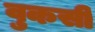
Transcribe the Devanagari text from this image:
वुकसी